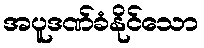
အပူဒဏ်ခံနိုင်သော